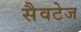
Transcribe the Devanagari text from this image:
सैवटेज